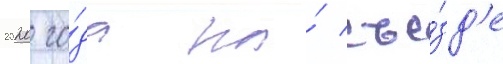
2020 го́да на́ съе́зд'е